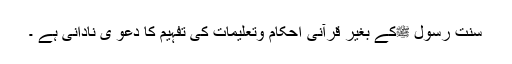
سنت رسول ﷺکے بغیر قرآنی احکام وتعلیمات کی تفہیم کا دعو یٰ نادانی ہے ۔